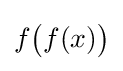
f{\bigl (}f(x){\bigr )}